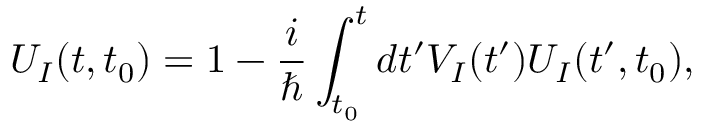
U _ { I } ( t , t _ { 0 } ) = 1 - \frac { i } { \hbar } \int _ { t _ { 0 } } ^ { t } d t ^ { \prime } V _ { I } ( t ^ { \prime } ) U _ { I } ( t ^ { \prime } , t _ { 0 } ) ,